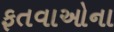
ફતવાઓના